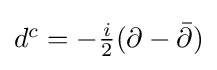
{\textstyle d^{c}=-{\frac {i}{2}}(\partial -{\bar {\partial }})}